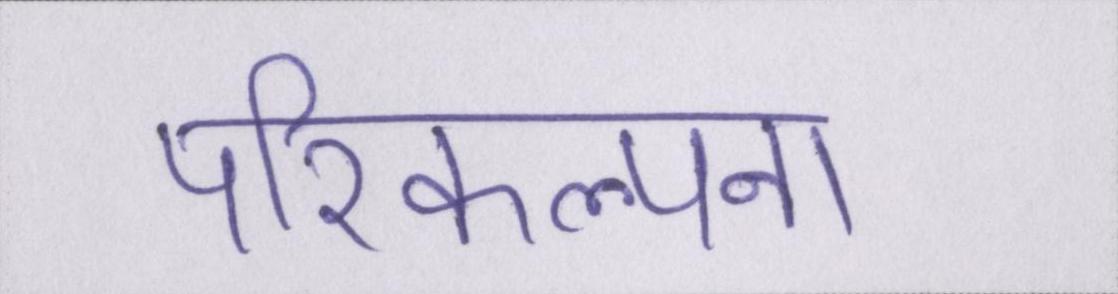
परिकल्पना